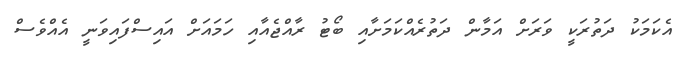
އެކަމަކު ދަތުރަކީ ވަރަށް އަމާން ދަތުރެއްކަމަށާއި ބޯޓު ރާއްޖެއާއި ހަމައަށް އައިސްފައިވަނީ އެއްވެސް